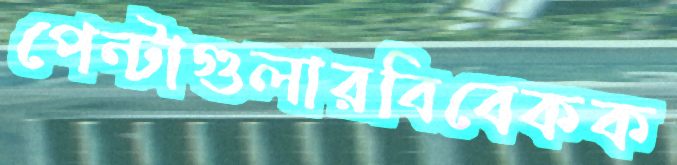
পেন্টাগুলারবিবেকক